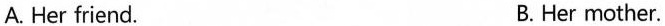
A. Her friend. B. Her mother.